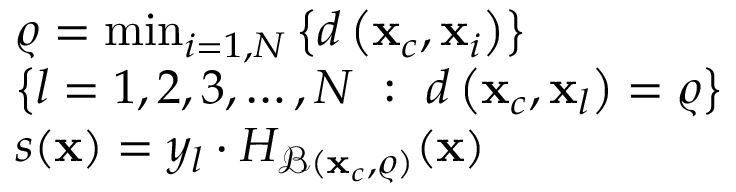
\begin{array} { r l } & { \varrho = \operatorname* { m i n } _ { i = 1 , N } \left\{ d \left( \mathbf { x } _ { c } , \mathbf { x } _ { i } \right) \right\} } \\ & { \left\{ l = 1 , 2 , 3 , \dotsc , N \ : \ d \left( \mathbf { x } _ { c } , \mathbf { x } _ { l } \right) = \varrho \right\} } \\ & { s ( \mathbf { x } ) = y _ { l } \cdot H _ { \mathcal { B } ( \mathbf { x } _ { c } , \varrho ) } ( \mathbf { x } ) } \end{array}